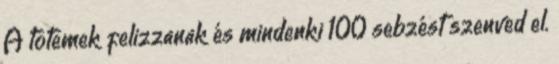
A totemek felizzanak és mindenki 100 sebzést szenved el.